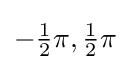
-{\tfrac {1}{2}}\pi ,{\tfrac {1}{2}}\pi